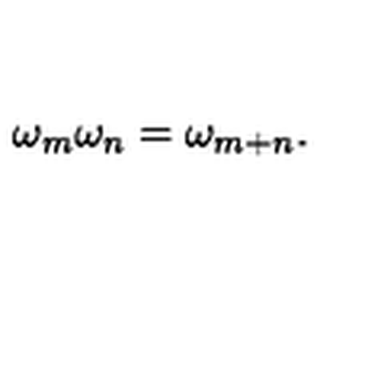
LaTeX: \omega _ { m } \omega _ { n } = \omega _ { m + n } .